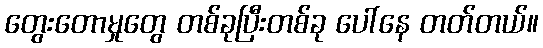
တွေးတောမှုတွေ တစ်ခုပြီးတစ်ခု ပေါ်နေ တတ်တယ်။